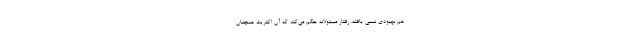
هم بهبودی نسبی یافته، رفتار مسئولانه حکم می‌کند که آن اکثریت همچنان